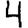
Digit: 4